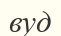
вуд